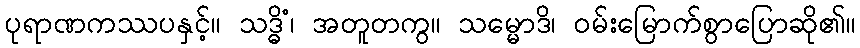
ပုရာဏကဿပနှင့်။ သဒ္ဓိံ၊ အတူတကွ။ သမ္မောဒိ၊ ဝမ်းမြောက်စွာပြောဆို၏။